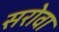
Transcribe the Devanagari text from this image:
सरोवा